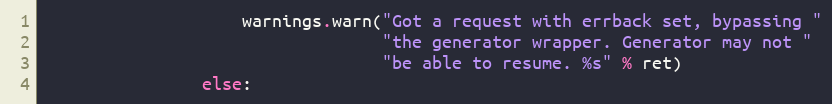
Language: Python
                    warnings.warn("Got a request with errback set, bypassing "
                                  "the generator wrapper. Generator may not "
                                  "be able to resume. %s" % ret)
                else: